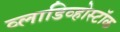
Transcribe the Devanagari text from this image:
व्लाडिव्होस्टॉक